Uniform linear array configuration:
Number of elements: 24
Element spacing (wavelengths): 1
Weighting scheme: blackman
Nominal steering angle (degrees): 60
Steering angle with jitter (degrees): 60.646
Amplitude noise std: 0.05
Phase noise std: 0.05

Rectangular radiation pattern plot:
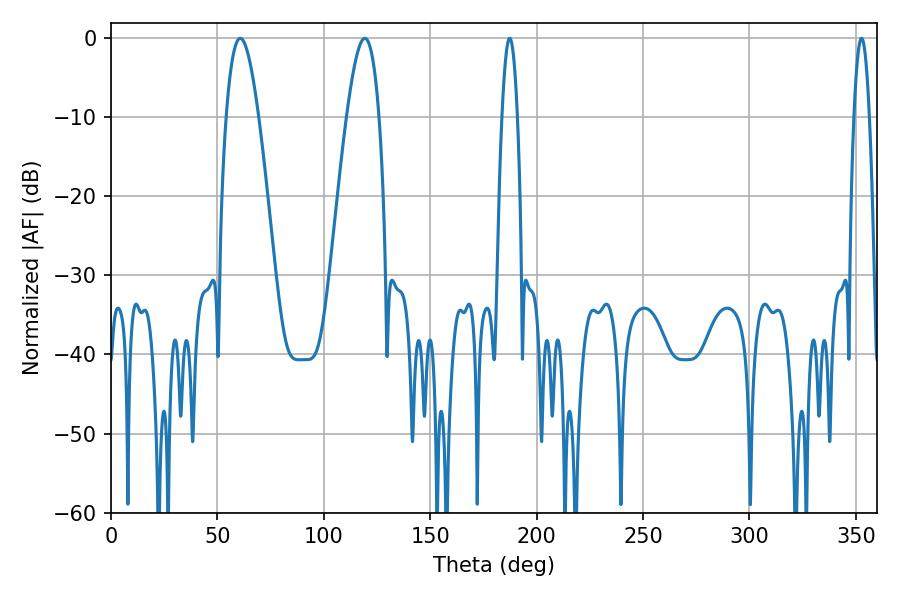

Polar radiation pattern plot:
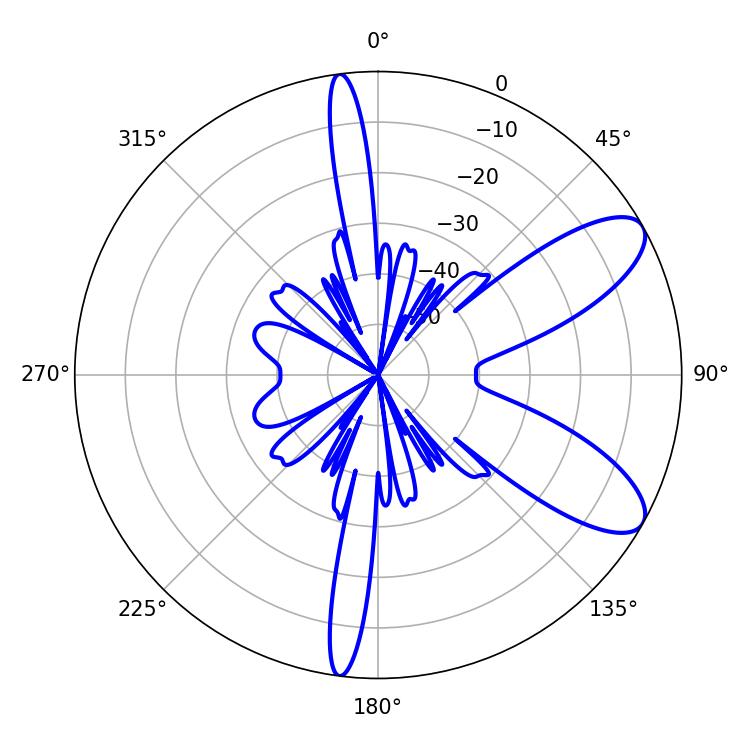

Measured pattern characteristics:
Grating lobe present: TRUE
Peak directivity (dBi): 8.941
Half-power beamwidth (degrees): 8.28
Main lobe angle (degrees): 60.66